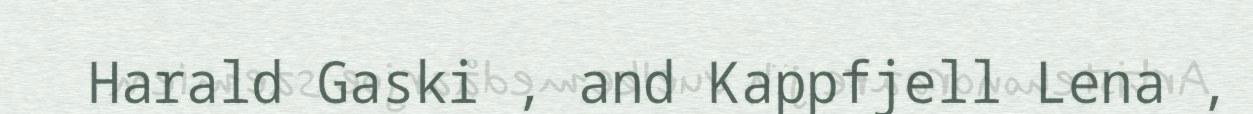
Harald Gaski , and Kappfjell Lena ,